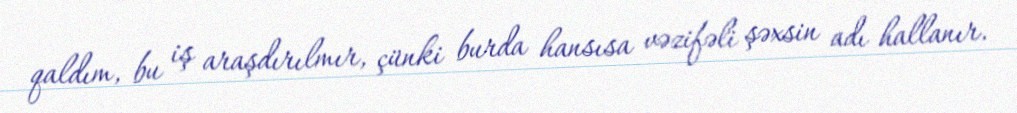
qaldım, bu iş araşdırılmır, çünki burda hansısa vəzifəli şəxsin adı hallanır.